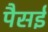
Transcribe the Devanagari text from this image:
पैसई